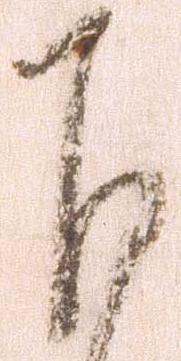
下